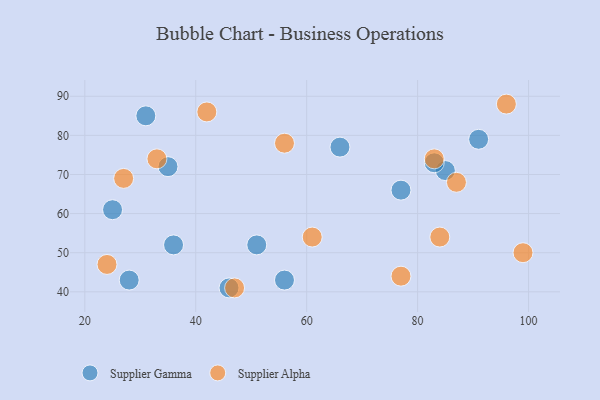
{"axis": {"x": "GDP", "y": "Life Expectancy"}, "legend": ["Supplier Alpha", "Supplier Gamma"], "data": [{"x": "36", "y": 52, "type": "Supplier Gamma"}, {"x": "51", "y": 52, "type": "Supplier Gamma"}, {"x": "35", "y": 72, "type": "Supplier Gamma"}, {"x": "91", "y": 79, "type": "Supplier Gamma"}, {"x": "28", "y": 43, "type": "Supplier Gamma"}, {"x": "85", "y": 71, "type": "Supplier Gamma"}, {"x": "77", "y": 66, "type": "Supplier Gamma"}, {"x": "46", "y": 41, "type": "Supplier Gamma"}, {"x": "31", "y": 85, "type": "Supplier Gamma"}, {"x": "66", "y": 77, "type": "Supplier Gamma"}, {"x": "56", "y": 43, "type": "Supplier Gamma"}, {"x": "83", "y": 73, "type": "Supplier Gamma"}, {"x": "25", "y": 61, "type": "Supplier Gamma"}, {"x": "96", "y": 88, "type": "Supplier Alpha"}, {"x": "33", "y": 74, "type": "Supplier Alpha"}, {"x": "99", "y": 50, "type": "Supplier Alpha"}, {"x": "77", "y": 44, "type": "Supplier Alpha"}, {"x": "61", "y": 54, "type": "Supplier Alpha"}, {"x": "47", "y": 41, "type": "Supplier Alpha"}, {"x": "27", "y": 69, "type": "Supplier Alpha"}, {"x": "24", "y": 47, "type": "Supplier Alpha"}, {"x": "84", "y": 54, "type": "Supplier Alpha"}, {"x": "42", "y": 86, "type": "Supplier Alpha"}, {"x": "83", "y": 74, "type": "Supplier Alpha"}, {"x": "56", "y": 78, "type": "Supplier Alpha"}, {"x": "87", "y": 68, "type": "Supplier Alpha"}]}